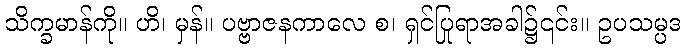
သိက္ခမာန်ကို။ ဟိ၊ မှန်။ ပဗ္ဗာဇနကာလေ စ၊ ရှင်ပြုရာအခါ၌၎င်း။ ဥပသမ္ပဒ